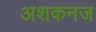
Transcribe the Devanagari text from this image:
अशकनज